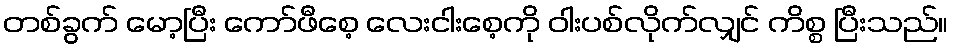
တစ်ခွက် မော့ပြီး ကော်ဖီစေ့ လေးငါးစေ့ကို ဝါးပစ်လိုက်လျှင် ကိစ္စ ပြီးသည်။